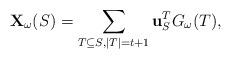
LaTeX: \begin{align*}\mathbf{X}_\omega(S) = \sum_{T \subseteq S, |T|=t+1} {\mathbf{u}_{S}^{T} G_\omega(T)},\end{align*}